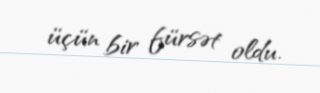
üçün bir fürsət oldu.